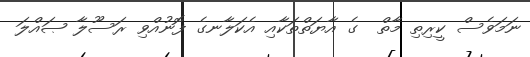
ނަމަވެސް ކީރިތި މާތް  ގެ އާޔަތްތަކާއި އެކަލާނގެ ފޮނުއްވި ރަސޫލާ ޞައްލަ